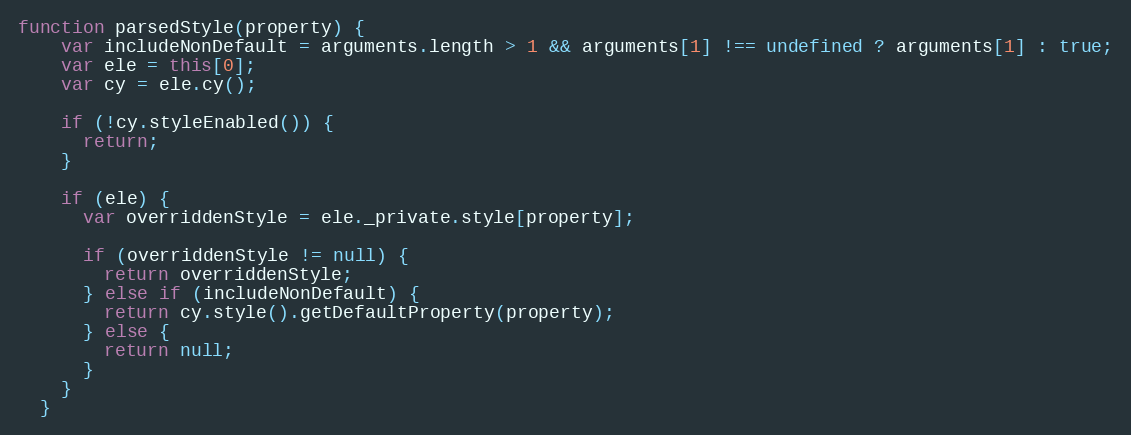
Language: JavaScript
function parsedStyle(property) {
    var includeNonDefault = arguments.length > 1 && arguments[1] !== undefined ? arguments[1] : true;
    var ele = this[0];
    var cy = ele.cy();

    if (!cy.styleEnabled()) {
      return;
    }

    if (ele) {
      var overriddenStyle = ele._private.style[property];

      if (overriddenStyle != null) {
        return overriddenStyle;
      } else if (includeNonDefault) {
        return cy.style().getDefaultProperty(property);
      } else {
        return null;
      }
    }
  }